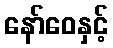
နော်ဝေနှင့်